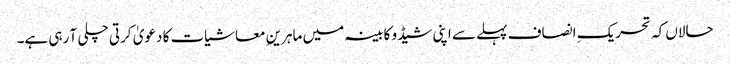
حالاں کہ تحریکِ انصاف پہلے سے اپنی شیڈو کابینہ میں ماہرینِ معاشیات کا دعویٰ کرتی چلی آ رہی ہے۔